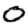
Digit: 0